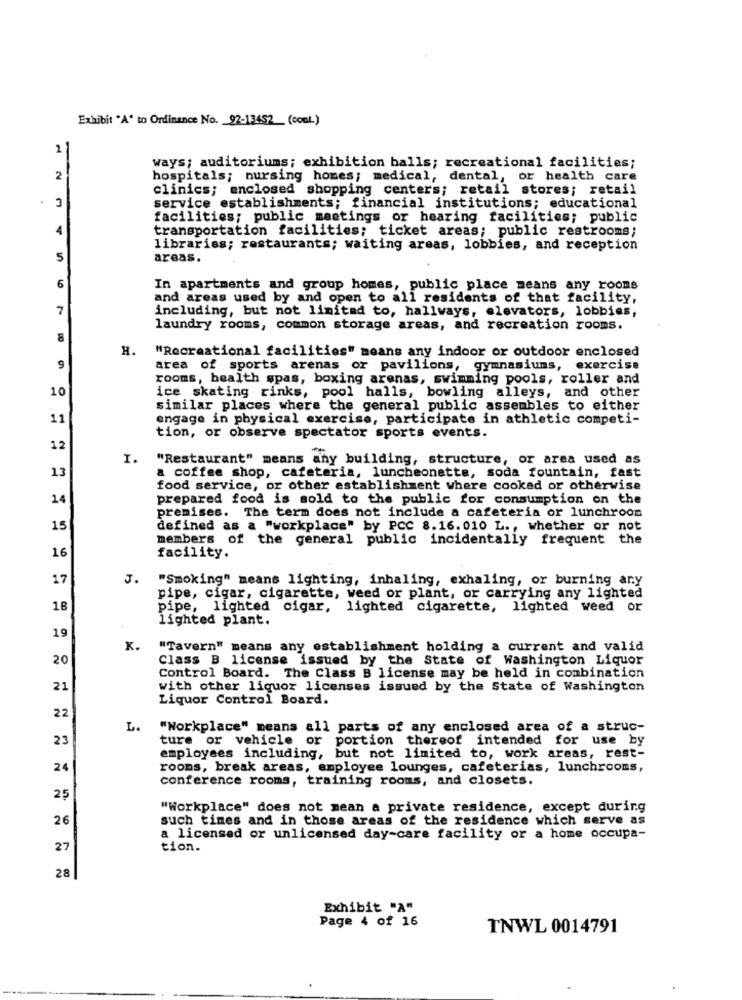
Exhibit "A" to Ordinance No. 92-13452 (coal)
1.
ways; auditoriums; exhibition balls; recreational facilities;
2
hospitals; nursing homes; medical, dental, or health care
clinics; enclosed shopping centers; retail stores; retail
service establishments; financial institutions; educational
facilities; public meetings or hearing facilities; public
4
transportation facilities; ticket areas; public restrooms;
libraries; restaurants; waiting areas, lobbies, and reception
5
areas.
6
In apartments and group homes, public place means any rooms
and areas used by and open to all residents of that facility,
7
including, but not limited to, hallways, elevators, lobbies,
laundry rooms, common storage areas, and recreation rooms.
8
H.
"Recreational facilities" means any indoor or outdoor enclosed
area of sports arenas or pavilions, gymnasiums, exercise
rooms, health spas, boxing arenas, swimming pools, roller and
10
ice skating rinks, pool halls, bowling alleys, and other
similar places where the general public assembles to either
11
engage in physical exercise, participate in athletic competi-
tion, or observe spectator sports events.
12
I.
"Restaurant" means any building, structure, or area used as
13
a coffee shop, cafeteria, luncheonette, soda fountain, fast
food service, or other establishment where cooked or otherwise
14
prepared food is sold to the public for consumption on the
premises. The term does not include a cafeteria or lunchroom
15
defined as a "workplace" by PCC 8.16. 010 L ., whether or not
members of the general public incidentally frequent the
16
facility.
17
J.
"Smoking" means lighting, inhaling, exhaling, or burning ary
pipe, cigar, cigarette, weed or plant, or carrying any lighted
18
pipe, lighted cigar, lighted cigarette, lighted weed or
lighted plant.
19
K.
"Tavern" means any establishment holding a current and valid
20
Class B license issued by the State of Washington Liquor
Control Board. The Class B license may be held in combination
21
with other liquor licenses issued by the State of Washington
Liquor Control Board.
22
L.
"Workplace" means all parts of any enclosed area of a struc-
23
ture or vehicle or portion thereof intended for use by
employees including, but not limited to, work areas, rest-
24
rooms, break areas, employee lounges, cafeterias, lunchrooms,
conference rooms, training rooms, and closets.
25
"Workplace" does not mean a private residence, except during
26
such times and in those areas of the residence which serve as
a licensed or unlicensed day-care facility or a home occupa-
27
tion.
28
Exhibit "A"
Page 4 of 16
TNWL 0014791